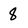
Character: 8